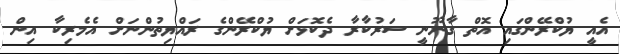
އެއީ ޔުކްރޭންގައި އޮތް ގާނޫނީ ސަރުކާރާ ދެކޮޅަށް ޔުކްރޭންގެ ރައްޔިތުންނަށް އެމެރިކާ އިން